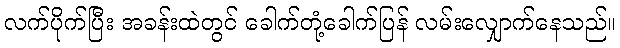
လက်ပိုက်ပြီး အခန်းထဲတွင် ခေါက်တုံ့ခေါက်ပြန် လမ်းလျှောက်နေသည်။